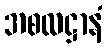
အစလဋ္ဌာနံ